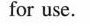
for use.